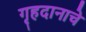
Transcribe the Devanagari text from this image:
गृहदानाचे